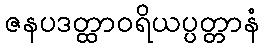
ဇနပဒတ္ထာဝရိယပ္ပတ္တာနံ